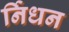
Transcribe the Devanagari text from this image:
र्निधन